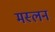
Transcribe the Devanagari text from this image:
मस्लन